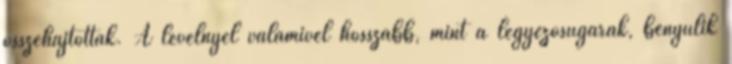
összehajtottak. A levélnyél valamivel hosszabb, mint a legyezősugarak, benyúlik